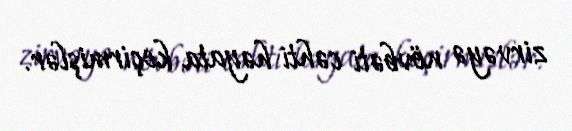
zirvəyə növbəti cəhti həyata keçirmişlər.